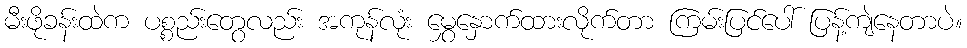
မီးဖိုခန်းထဲက ပစ္စည်းတွေလည်း အကုန်လုံး မွှေနှောက်ထားလိုက်တာ ကြမ်းပြင်ပေါ် ပြန့်ကျဲနေတာပဲ။